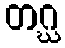
တဂ္ဃ